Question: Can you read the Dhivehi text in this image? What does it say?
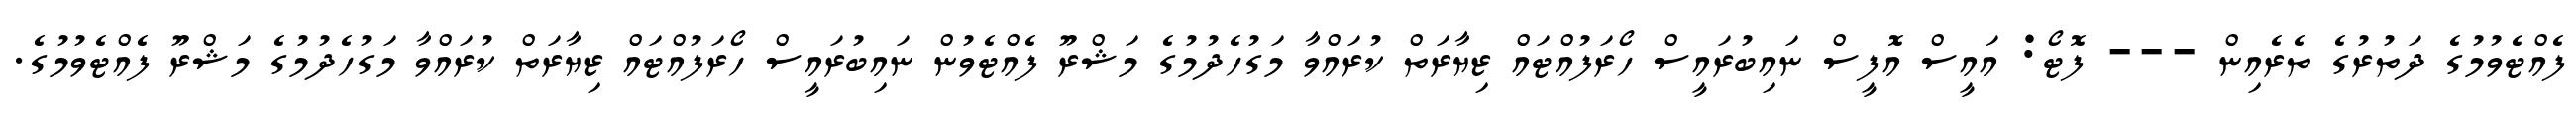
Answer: ފެއްޓެވުމުގެ ދަތުރުގެ ތެރެއިން --- ފޮޓޯ: އައީސް އޮފީސް ނައިބުރައީސް ހޯރަފުއްޓައް ޒިޔާރަތް ކުރައްވާ މަގުހެދުމުގެ މަޝްރޫ ފެއްޓެވުން ނައިބުރައީސް ހޯރަފުއްޓައް ޒިޔާރަތް ކުރައްވާ މަގުހެދުމުގެ މަޝްރޫ ފެއްޓެވުމުގެ.